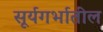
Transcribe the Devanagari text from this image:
सूर्यगर्भातील